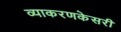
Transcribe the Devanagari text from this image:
व्याकरणकेसरी